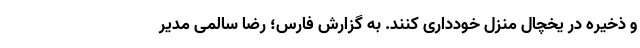
و ذخیره در یخچال منزل خودداری کنند. به گزارش فارس؛ رضا سالمی مدیر